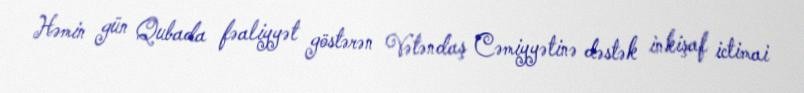
Həmin gün Qubada fəaliyyət göstərən Vətəndaş Cəmiyyətinə dəstək inkişaf ictimai